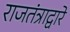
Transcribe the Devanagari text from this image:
राजतंत्राद्वारे